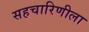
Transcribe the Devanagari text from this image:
सहचारिणीला